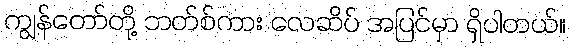
ကျွန်တော်တို့ ဘတ်စ်ကား လေဆိပ် အပြင်မှာ ရှိပါတယ်။